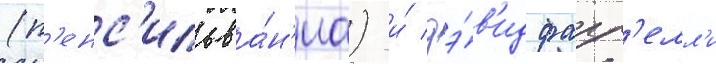
(п'енс'ильва́н'иа) и́ дэ́в'ид фарр'елл'и